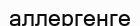
аллергенге